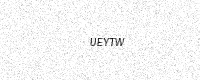
Text: UEYTW